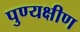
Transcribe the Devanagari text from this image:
पुण्यक्षीण